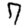
Digit: 7